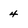
Character: 4